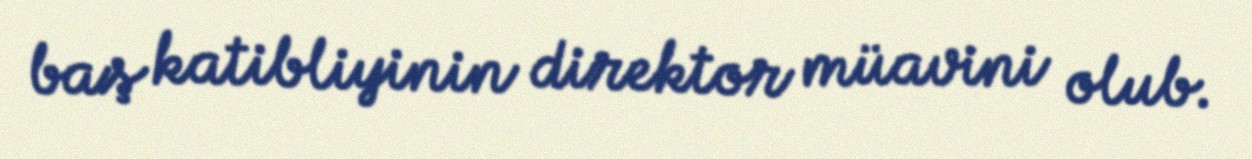
baş katibliyinin direktor müavini olub.